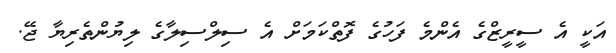
އަކީ އެ ސީރީޒްގެ އެންމެ ފަހުގެ ފޮތްކަމަށް އެ ސިލްސިލާގެ ލިޔުންތެރިޔާ ޖޭ.